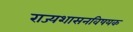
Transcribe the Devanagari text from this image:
राज्यशासनविषयक